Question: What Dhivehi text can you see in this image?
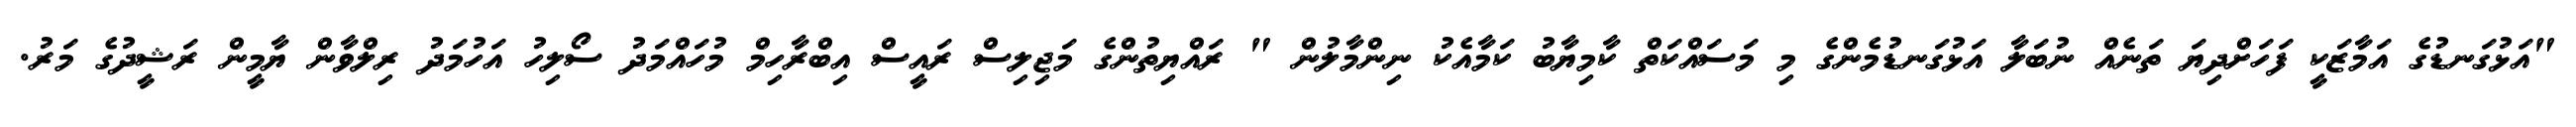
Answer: "އަޅުގަނޑުގެ އަމާޒަކީ ފަހަށްދިޔަ ތަނެއް ނުބަލާ އަޅުގަނޑުމެންގެ މި މަސައްކަތް ކާމިޔާބު ކަމާއެކު ނިންމާލުން " ރައްޔިތުންގެ މަޖިލިސް ރައީސް އިބްރާހިމް މުހައްމަދު ސޯލިހު އަހުމަދު ރިލްވާން ޔާމީން ރަޝީދުގެ މަރު.